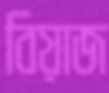
বিয়াজ